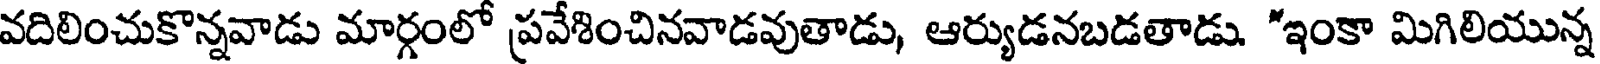
వదిలించుకొన్నవాడు మార్గంలో ప్రవేశించినవాడవుతాడు, ఆర్యుడనబడతాడు. "ఇంకా మిగిలియున్న